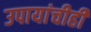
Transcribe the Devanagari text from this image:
उपायांचीही